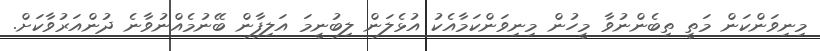
މިނިވަންކަން މަތީ ތިބެންނުވާ މީހުން މިނިވަންކަމާއެކު އުޅެލަން ލިބުނީމަ އަލިފާން ބޭނުމެއްނުވާނެ ދުންއަރުވާކަށް.